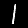
Digit: 1